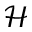
\mathcal { H }